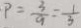
P = \frac { 3 } { 9 } = \frac { 1 } { 3 }